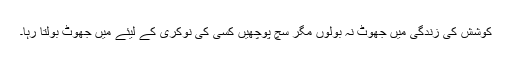
کوشش کی زندگی میں جھوٹ نہ بولوں مگر سچ پوچھیں کسی کی نوکری کے لیئے میں جھوٹ بولتا رہا۔